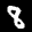
Label: 8